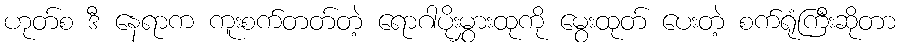
ဟုတ်စ ဒီ နေရာက ကူးစက်တတ်တဲ့ ရောဂါပိုးမွှားထုကို မွေးထုတ် ပေးတဲ့ စက်ရုံကြီးဆိုတာ